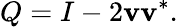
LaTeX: Q=I-2\mathbf{v}\mathbf{v}^{*}.